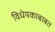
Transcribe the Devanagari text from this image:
विधेयकाबाबत